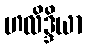
ဟလိဒ္ဒိယာ